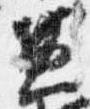
兼